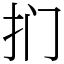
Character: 扪